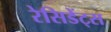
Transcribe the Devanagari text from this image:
रेसिडेंट्स